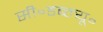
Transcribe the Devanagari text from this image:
सी॰डब्ल्यू॰